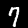
Label: 7